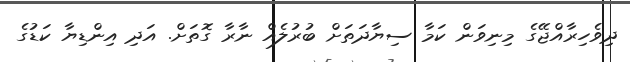
ދިވެހިރާއްޖޭގެ މިނިވަން ކަމާ ސިޔާދަތަށް ބުރުލެއް ނާރާ ގޮތަށް. އަދި އިންޑިޔާ ކަޑުގެ